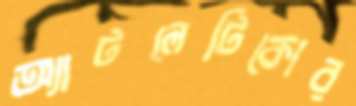
অ্যাটলেটিকোর